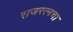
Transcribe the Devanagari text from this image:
राजरत्‍नचा